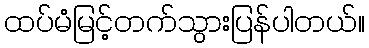
ထပ်မံမြင့်တက်သွားပြန်ပါတယ်။